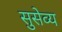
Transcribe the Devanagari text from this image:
सुसेव्य